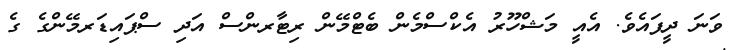
ވަނަ ދީފައެވެ. އެއީ މަޝްހޫރު އެކްސްމެން ބެޓްމޭން ރިޓާރންސް އަދި ސްޕައިޑަރމޭންގެ ގެ